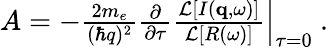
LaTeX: \begin{array}{r}{A=\left.-\frac{2m_{e}}{(\hbar q)^{2}}\frac{\partial}{\partial\tau}\frac{\mathcal{L}\left[I(\mathbf{q},\omega)\right]}{\mathcal{L}\left[R(\omega)\right]}\right|_{\tau=0}\ .}\end{array}